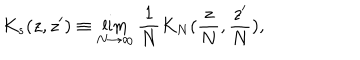
K _ { s } ( z , z ^ { \prime } ) \equiv \lim _ { N \rightarrow \infty } \frac 1 N K _ { N } ( \frac { z } { N } , \frac { z ^ { \prime } } { N } ) ,